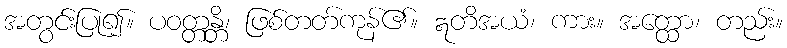
အတွင်းပြု၍။ ပဝတ္တန္တိ၊ ဖြစ်တတ်ကုန်၏။ ဣတိအယံ၊ ကား။ အတ္ထော၊ တည်း။